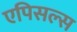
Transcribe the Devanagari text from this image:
एपिसल्स